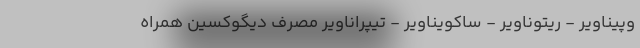
وپیناویر - ریتوناویر - ساکویناویر - تیپراناویر مصرف دیگوکسین همراه